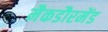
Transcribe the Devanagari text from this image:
मैकडौरमेंड